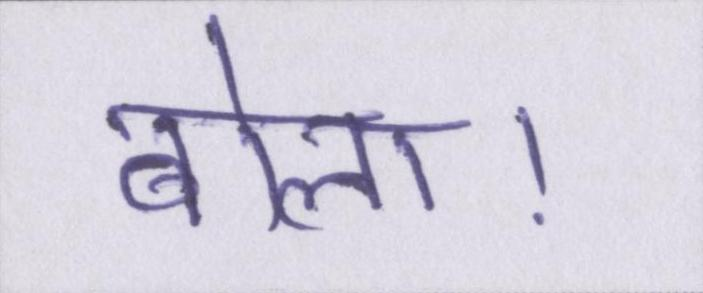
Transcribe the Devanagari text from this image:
बोला।